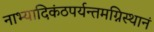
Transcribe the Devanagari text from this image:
नाभ्यादिकंठपर्यन्तमग्निस्थानं